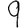
Digit: 9